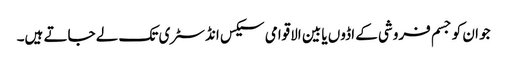
جو ان کو جسم فروشی کے اڈوں یا بین الاقوامی سیکس انڈسٹری تک لے جاتے ہیں۔